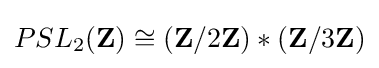
PSL_{2}(\mathbf {Z} )\cong (\mathbf {Z} /2\mathbf {Z} )\ast (\mathbf {Z} /3\mathbf {Z} )